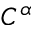
C ^ { \alpha }